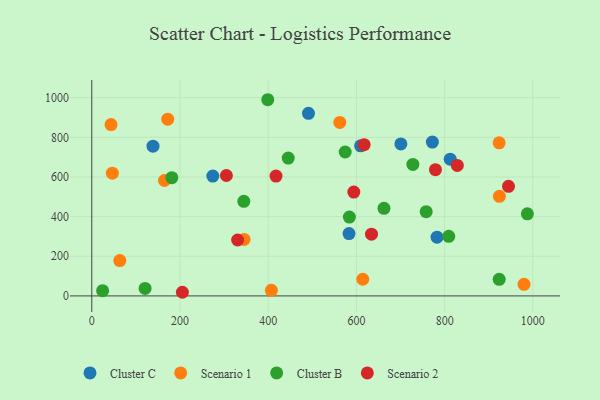
{"axis": {"x": "Price", "y": "Demand"}, "legend": ["Cluster B", "Cluster C", "Scenario 1", "Scenario 2"], "data": [{"x": "491.3", "y": 921.1, "type": "Cluster C"}, {"x": "700.8", "y": 766.5, "type": "Cluster C"}, {"x": "782.8", "y": 296.4, "type": "Cluster C"}, {"x": "772.2", "y": 776.0, "type": "Cluster C"}, {"x": "812.6", "y": 690.0, "type": "Cluster C"}, {"x": "138.8", "y": 755.5, "type": "Cluster C"}, {"x": "274.4", "y": 604.7, "type": "Cluster C"}, {"x": "583.2", "y": 314.6, "type": "Cluster C"}, {"x": "609.5", "y": 757.3, "type": "Cluster C"}, {"x": "164.8", "y": 582.3, "type": "Scenario 1"}, {"x": "172.2", "y": 891.8, "type": "Scenario 1"}, {"x": "46.7", "y": 619.4, "type": "Scenario 1"}, {"x": "562.3", "y": 875.2, "type": "Scenario 1"}, {"x": "980.0", "y": 58.3, "type": "Scenario 1"}, {"x": "345.3", "y": 285.1, "type": "Scenario 1"}, {"x": "923.6", "y": 772.2, "type": "Scenario 1"}, {"x": "63.5", "y": 178.1, "type": "Scenario 1"}, {"x": "924.2", "y": 502.2, "type": "Scenario 1"}, {"x": "43.7", "y": 864.4, "type": "Scenario 1"}, {"x": "407.2", "y": 28.1, "type": "Scenario 1"}, {"x": "614.4", "y": 84.1, "type": "Scenario 1"}, {"x": "24.6", "y": 26.3, "type": "Cluster B"}, {"x": "445.4", "y": 695.3, "type": "Cluster B"}, {"x": "728.0", "y": 663.2, "type": "Cluster B"}, {"x": "923.7", "y": 83.7, "type": "Cluster B"}, {"x": "120.9", "y": 38.0, "type": "Cluster B"}, {"x": "344.7", "y": 477.1, "type": "Cluster B"}, {"x": "662.5", "y": 441.7, "type": "Cluster B"}, {"x": "399.0", "y": 989.7, "type": "Cluster B"}, {"x": "987.6", "y": 414.0, "type": "Cluster B"}, {"x": "758.2", "y": 425.1, "type": "Cluster B"}, {"x": "809.3", "y": 300.6, "type": "Cluster B"}, {"x": "574.5", "y": 725.9, "type": "Cluster B"}, {"x": "181.5", "y": 596.3, "type": "Cluster B"}, {"x": "584.0", "y": 397.9, "type": "Cluster B"}, {"x": "944.8", "y": 552.8, "type": "Scenario 2"}, {"x": "828.8", "y": 658.2, "type": "Scenario 2"}, {"x": "417.7", "y": 604.6, "type": "Scenario 2"}, {"x": "305.2", "y": 607.4, "type": "Scenario 2"}, {"x": "594.1", "y": 524.1, "type": "Scenario 2"}, {"x": "205.5", "y": 18.4, "type": "Scenario 2"}, {"x": "330.7", "y": 282.0, "type": "Scenario 2"}, {"x": "779.2", "y": 636.7, "type": "Scenario 2"}, {"x": "634.2", "y": 311.7, "type": "Scenario 2"}, {"x": "617.5", "y": 762.8, "type": "Scenario 2"}]}